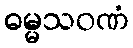
ဓမ္မသဝဏံ